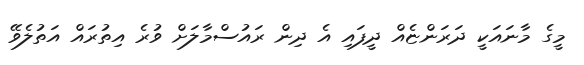
މީގެ މާނައަކީ ދަރަންޏެއް ދީފައި އެ ދިން ރައުސްމާލަށް ވުރެ އިތުރައް އަތުލެވޭ